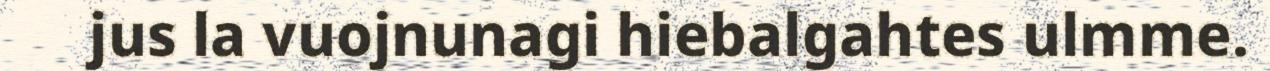
jus la vuojnunagi hiebalgahtes ulmme.